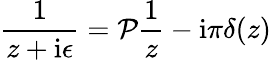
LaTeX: \frac{1}{z+\mathrm{i}\epsilon}={\cal P}\frac{1}{z}-\mathrm{i}\pi\delta(z)